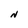
Character: N